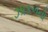
ઝાકળનો